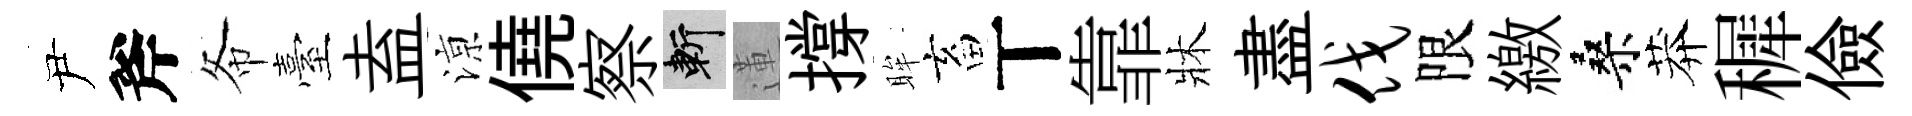
尹斧𢁙臺盍鿌僥察斬蓮撐眸畜丅靠牀盡伐限繳桑莽穉儉